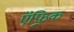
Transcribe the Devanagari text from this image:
ऍफ़्रिक